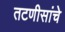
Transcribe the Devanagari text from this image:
तटणीसांचे